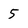
Character: 5